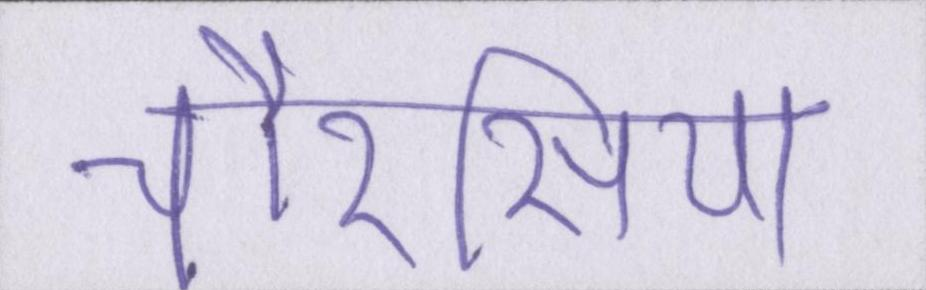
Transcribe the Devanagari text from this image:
चौरसिया